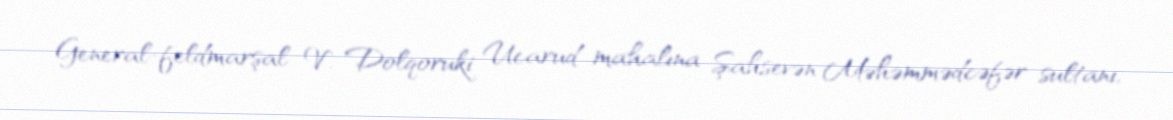
General-feldmarşal V. Dolqoruki Ucarud mahalına Şahsevən Məhəmmədcəfər sultanı,